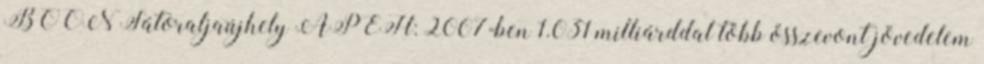
BOON Sátoraljaújhely APEH: 2007-ben 1.031 milliárddal több összevont jövedelem